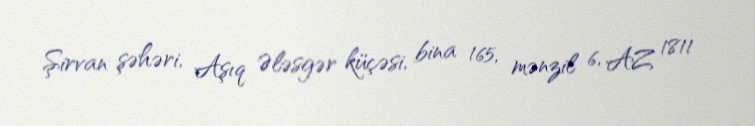
Şirvan şəhəri, Aşıq Ələsgər küçəsi, bina 165, mənzil 6, AZ 1811